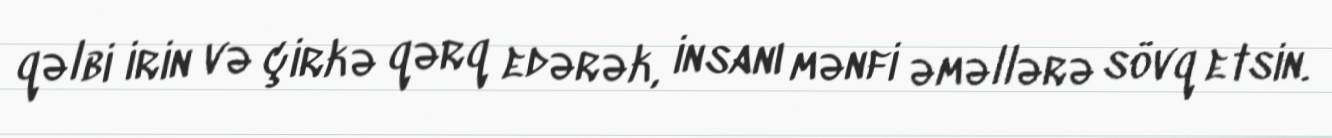
qəlbi irin və çirkə qərq edərək, insanı mənfi əməllərə sövq etsin.